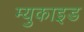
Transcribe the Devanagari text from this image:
म्युकाइड